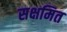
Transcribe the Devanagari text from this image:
सक्षमित